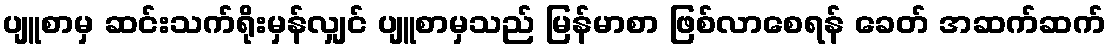
ပျူစာမှ ဆင်းသက်ရိုးမှန်လျှင် ပျူစာမှသည် မြန်မာစာ ဖြစ်လာစေရန် ခေတ် အဆက်ဆက်